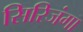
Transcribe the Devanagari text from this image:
सिरिजंगा